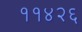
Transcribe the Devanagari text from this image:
११४२६